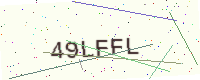
Text: 49LFFL